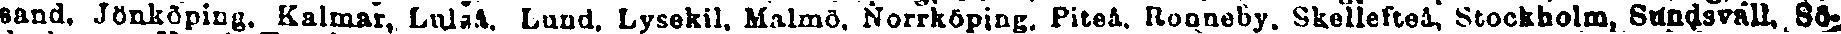
sand. Jönköping. Kalmar, Luleå. Lund. Lysekil. Malmö. Norrköping. Piteå. Ronneby. Skellefteå, Stockholm, Sunsdsvall, Sö-